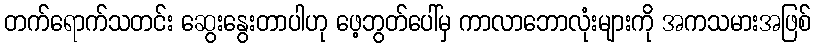
တက်ရောက်သတင်း ဆွေးနွေးတာပါဟု ဖေ့ဘွတ်ပေါ်မှ ကာလာဘောလုံးများကို အကသမားအဖြစ်